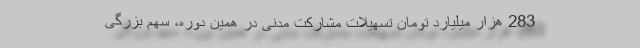
283 هزار میلیارد تومان تسهیلات مشارکت مدنی در همین دوره، سهم بزرگی